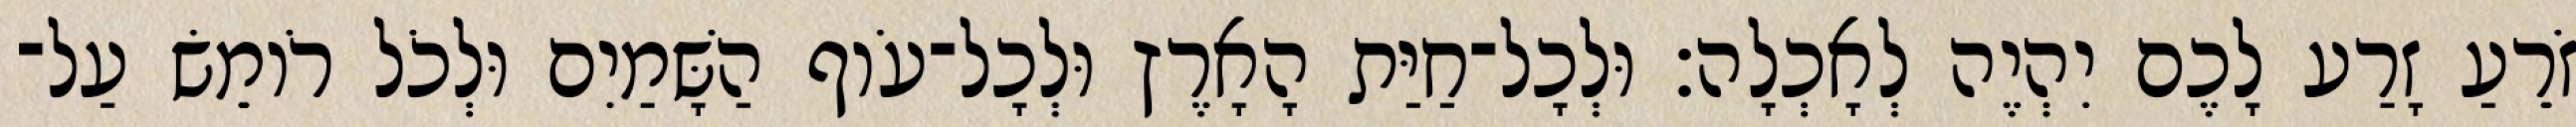
זֹרֵעַ זָרַע לָכֶם יִהְיֶה לְאָכְלָה׃ וּלְכָל־חַיַּת הָאָרֶץ וּלְכָל־עֹוף הַשָּׁמַיִם וּלְכֹל רֹומֵשׂ עַל־